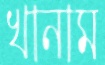
খানাম